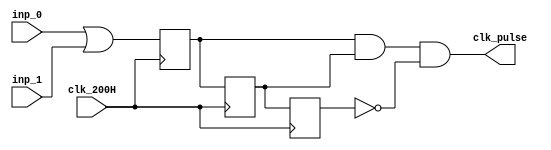
`timescale 1ns / 1ps
//////////////////////////////////////////////////////////////////////////////////
// Company: 
// Engineer: 
// 
// Design Name: 
// Module Name: clk_pulse
// Project Name: 
// Target Devices: 
// Tool Versions: 
// Description: 
// 
// Dependencies: 
// 
// Revision:
// Revision 0.01 - File Created
// Additional Comments:
// 
//////////////////////////////////////////////////////////////////////////////////

module clk_pulse(
    input clk_200H,
    input inp_0,
    input inp_1,
    output clk_pulse
    );
    
    wire inp_or;
    reg FF1_reg, FF2_reg, FF3_reg;
    reg FF1_next, FF2_next, FF3_next;
    
    assign inp_or = inp_0 | inp_1;
    
    always @ (posedge clk_200H)
    begin
        FF1_reg <= FF1_next;
        FF2_reg <= FF2_next;
        FF3_reg <= FF3_next;    
    end
    
    always @ (*)
        FF1_next = inp_or;
        
    always @ (*)
        FF2_next = FF1_reg;
        
    always @ (*)
        FF3_next = FF2_reg;
        
    assign clk_pulse = FF1_reg & FF2_reg & ~FF3_reg;
    
endmodule